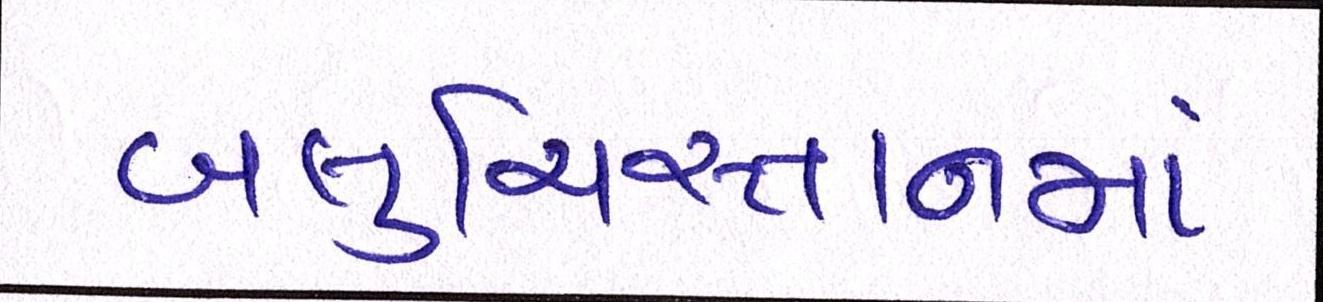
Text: બલુચિસ્તાનમાં